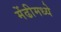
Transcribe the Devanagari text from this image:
मेंढीमध्ये